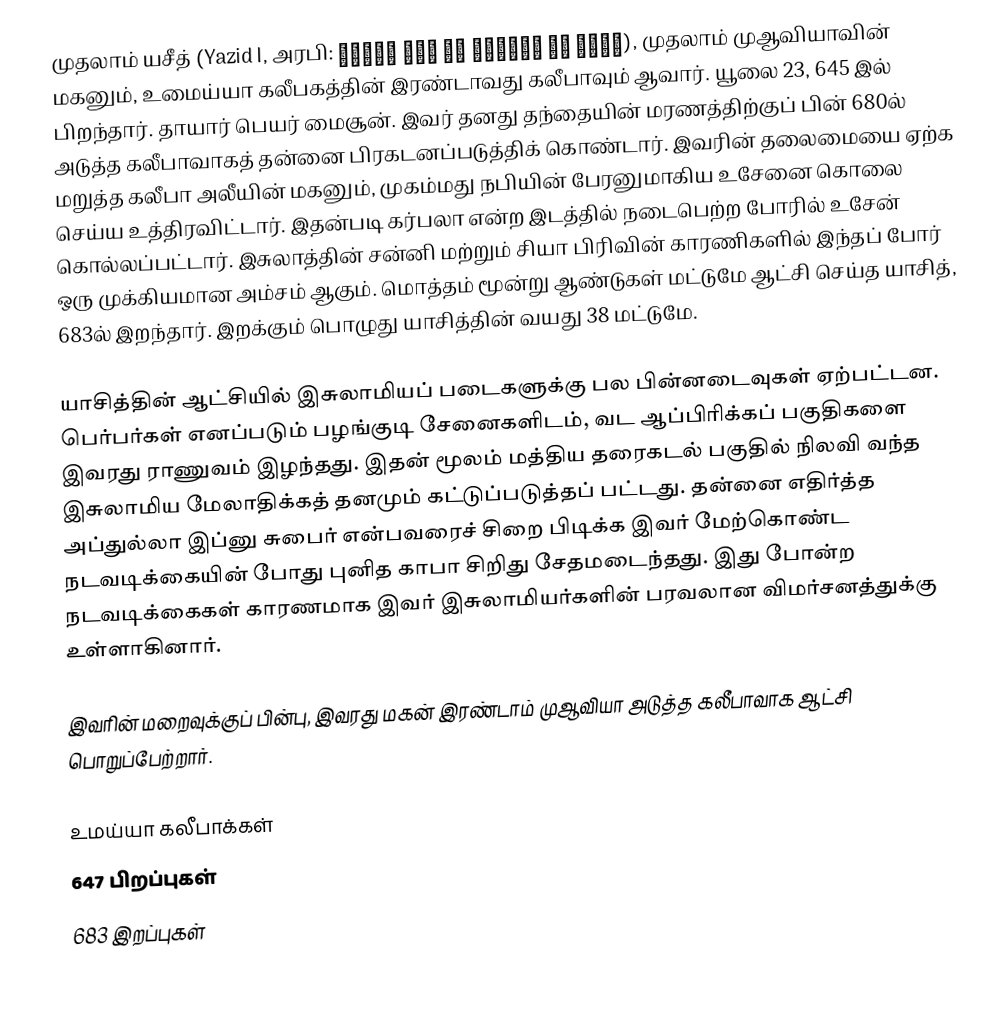
முதலாம் யசீத் (Yazid I, அரபி: يزيد بن معاوية بن أبي سفيان), முதலாம் முஆவியாவின் மகனும், உமைய்யா கலீபகத்தின் இரண்டாவது கலீபாவும் ஆவார். யூலை 23, 645 இல் பிறந்தார். தாயார் பெயர் மைசூன். இவர் தனது தந்தையின் மரணத்திற்குப் பின் 680ல் அடுத்த கலீபாவாகத் தன்னை பிரகடனப்படுத்திக் கொண்டார். இவரின் தலைமையை ஏற்க மறுத்த கலீபா அலீயின் மகனும், முகம்மது நபியின் பேரனுமாகிய உசேனை கொலை செய்ய உத்திரவிட்டார். இதன்படி கர்பலா என்ற இடத்தில் நடைபெற்ற போரில் உசேன் கொல்லப்பட்டார். இசுலாத்தின் சன்னி மற்றும் சியா பிரிவின் காரணிகளில் இந்தப் போர் ஒரு முக்கியமான அம்சம் ஆகும். மொத்தம் மூன்று ஆண்டுகள் மட்டுமே ஆட்சி செய்த யாசித், 683ல் இறந்தார். இறக்கும் பொழுது யாசித்தின் வயது 38 மட்டுமே.

யாசித்தின் ஆட்சியில் இசுலாமியப் படைகளுக்கு பல பின்னடைவுகள் ஏற்பட்டன. பெர்பர்கள் எனப்படும் பழங்குடி சேனைகளிடம், வட ஆப்பிரிக்கப் பகுதிகளை இவரது ராணுவம் இழந்தது. இதன் மூலம் மத்திய தரைகடல் பகுதில் நிலவி வந்த இசுலாமிய மேலாதிக்கத் தனமும் கட்டுப்படுத்தப் பட்டது. தன்னை எதிர்த்த அப்துல்லா இப்னு சுபைர் என்பவரைச் சிறை பிடிக்க இவர் மேற்கொண்ட  நடவடிக்கையின் போது புனித காபா சிறிது சேதமடைந்தது. இது போன்ற நடவடிக்கைகள் காரணமாக இவர் இசுலாமியர்களின் பரவலான விமர்சனத்துக்கு உள்ளாகினார்.

இவரின் மறைவுக்குப் பின்பு, இவரது மகன் இரண்டாம் முஆவியா அடுத்த கலீபாவாக ஆட்சி பொறுப்பேற்றார்.

உமய்யா கலீபாக்கள்
647 பிறப்புகள்
683 இறப்புகள்